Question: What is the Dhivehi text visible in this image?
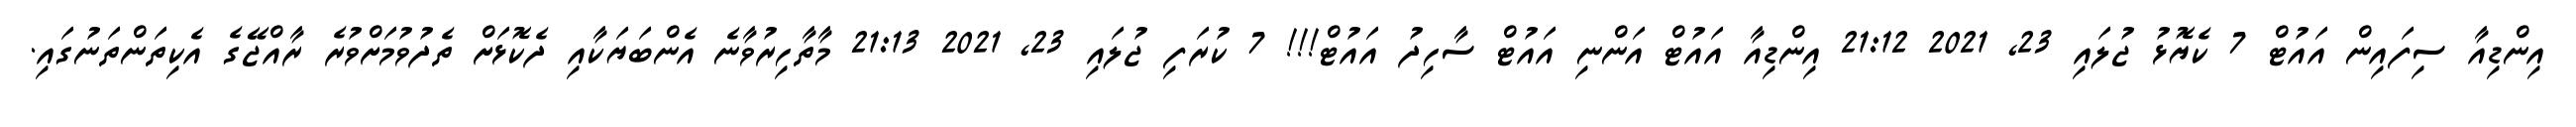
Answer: އިންޑިއާ ސިފައިން އައުޓް 7 ކެޔޮޅު ޖުލައި 23, 2021 21:12 އިންޑިއާ އައުޓް އަންނި އައުޓް ސާހިދު އައުޓް!!! 7 ކުރަފި ޖުލައި 23, 2021 21:13 މާތާހިރުވާނެ އެންބަޔަކާއި ދެކޮޅަށް ތެދުވުމަށްވުރެ ރާއްޖޭގެ އެކިތަންތަނުގައި.